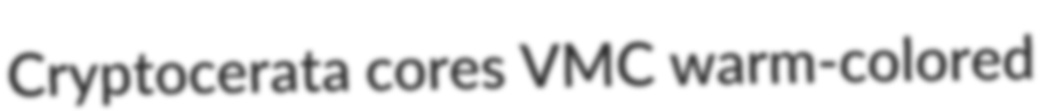
Cryptocerata cores VMC warm-colored